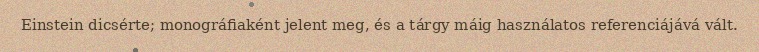
Einstein dicsérte; monográfiaként jelent meg, és a tárgy máig használatos referenciájává vált.